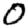
Digit: 0